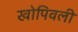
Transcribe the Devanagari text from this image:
खोपिवली